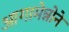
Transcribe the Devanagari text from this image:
आगामेन्नोने